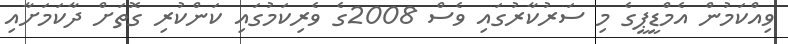
ވިއްކަމުން އެމްޑީޕީގެ މި ސަރުކާރުގައި ވެސް 2008ގެ ވެރިކަމުގައި ކަންކުރި ގޮތަށްް ދާކަމަށާއި